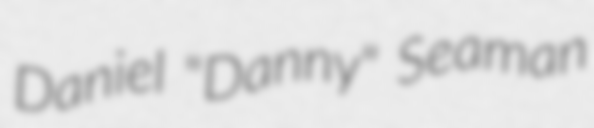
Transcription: Daniel "Danny" Seaman